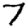
Digit: 7